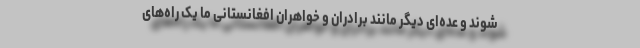
شوند و عده‌ای دیگر مانند برادران و خواهران افغانستانی ما یک راه‌های